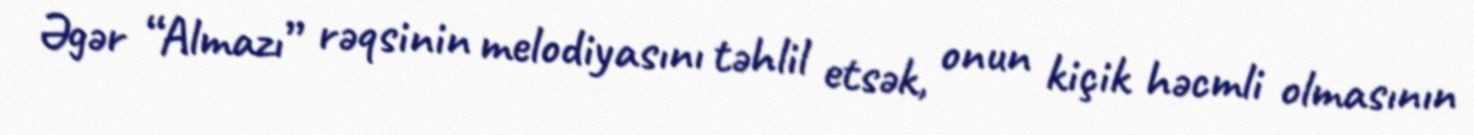
Əgər “Almazı” rəqsinin melodiyasını təhlil etsək, onun kiçik həcmli olmasının